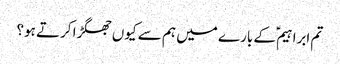
تم ابراہیمؑ کے بارے میں ہم سے کیوں جھگڑا کرتے ہو؟